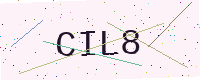
Text: CIL8